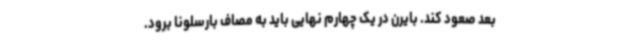
بعد صعود کند. بایرن در یک چهارم نهایی باید به مصاف بارسلونا برود.